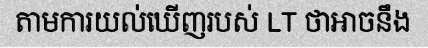
តាមការយល់ឃើញរបស់ LT ថាអាចនឹង